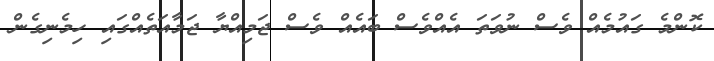
ކޮންމެ ގައުމެއް ވެސް ނުވަތަ އެއްވެސް ބައެއް ވެސް ޖަމިއްޔާ ޖަމާއަތެއްގައި ހިމެނިގެން